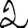
Digit: 2